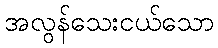
အလွန်သေးငယ်သော